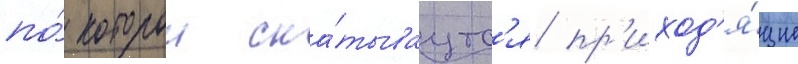
по́ которои ска́тываутс'я пр'иход'я́щие